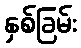
နှစ်ခြမ်း